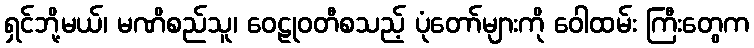
ရှင်ဘို့မယ်၊ မဏိစည်သူ၊ ဝေဠုဝတီစသည့် ပုံတော်များကို ဝေါထမ်း ကြီးတွေက